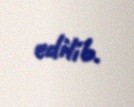
edilib.